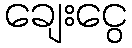
ချေးငွေ